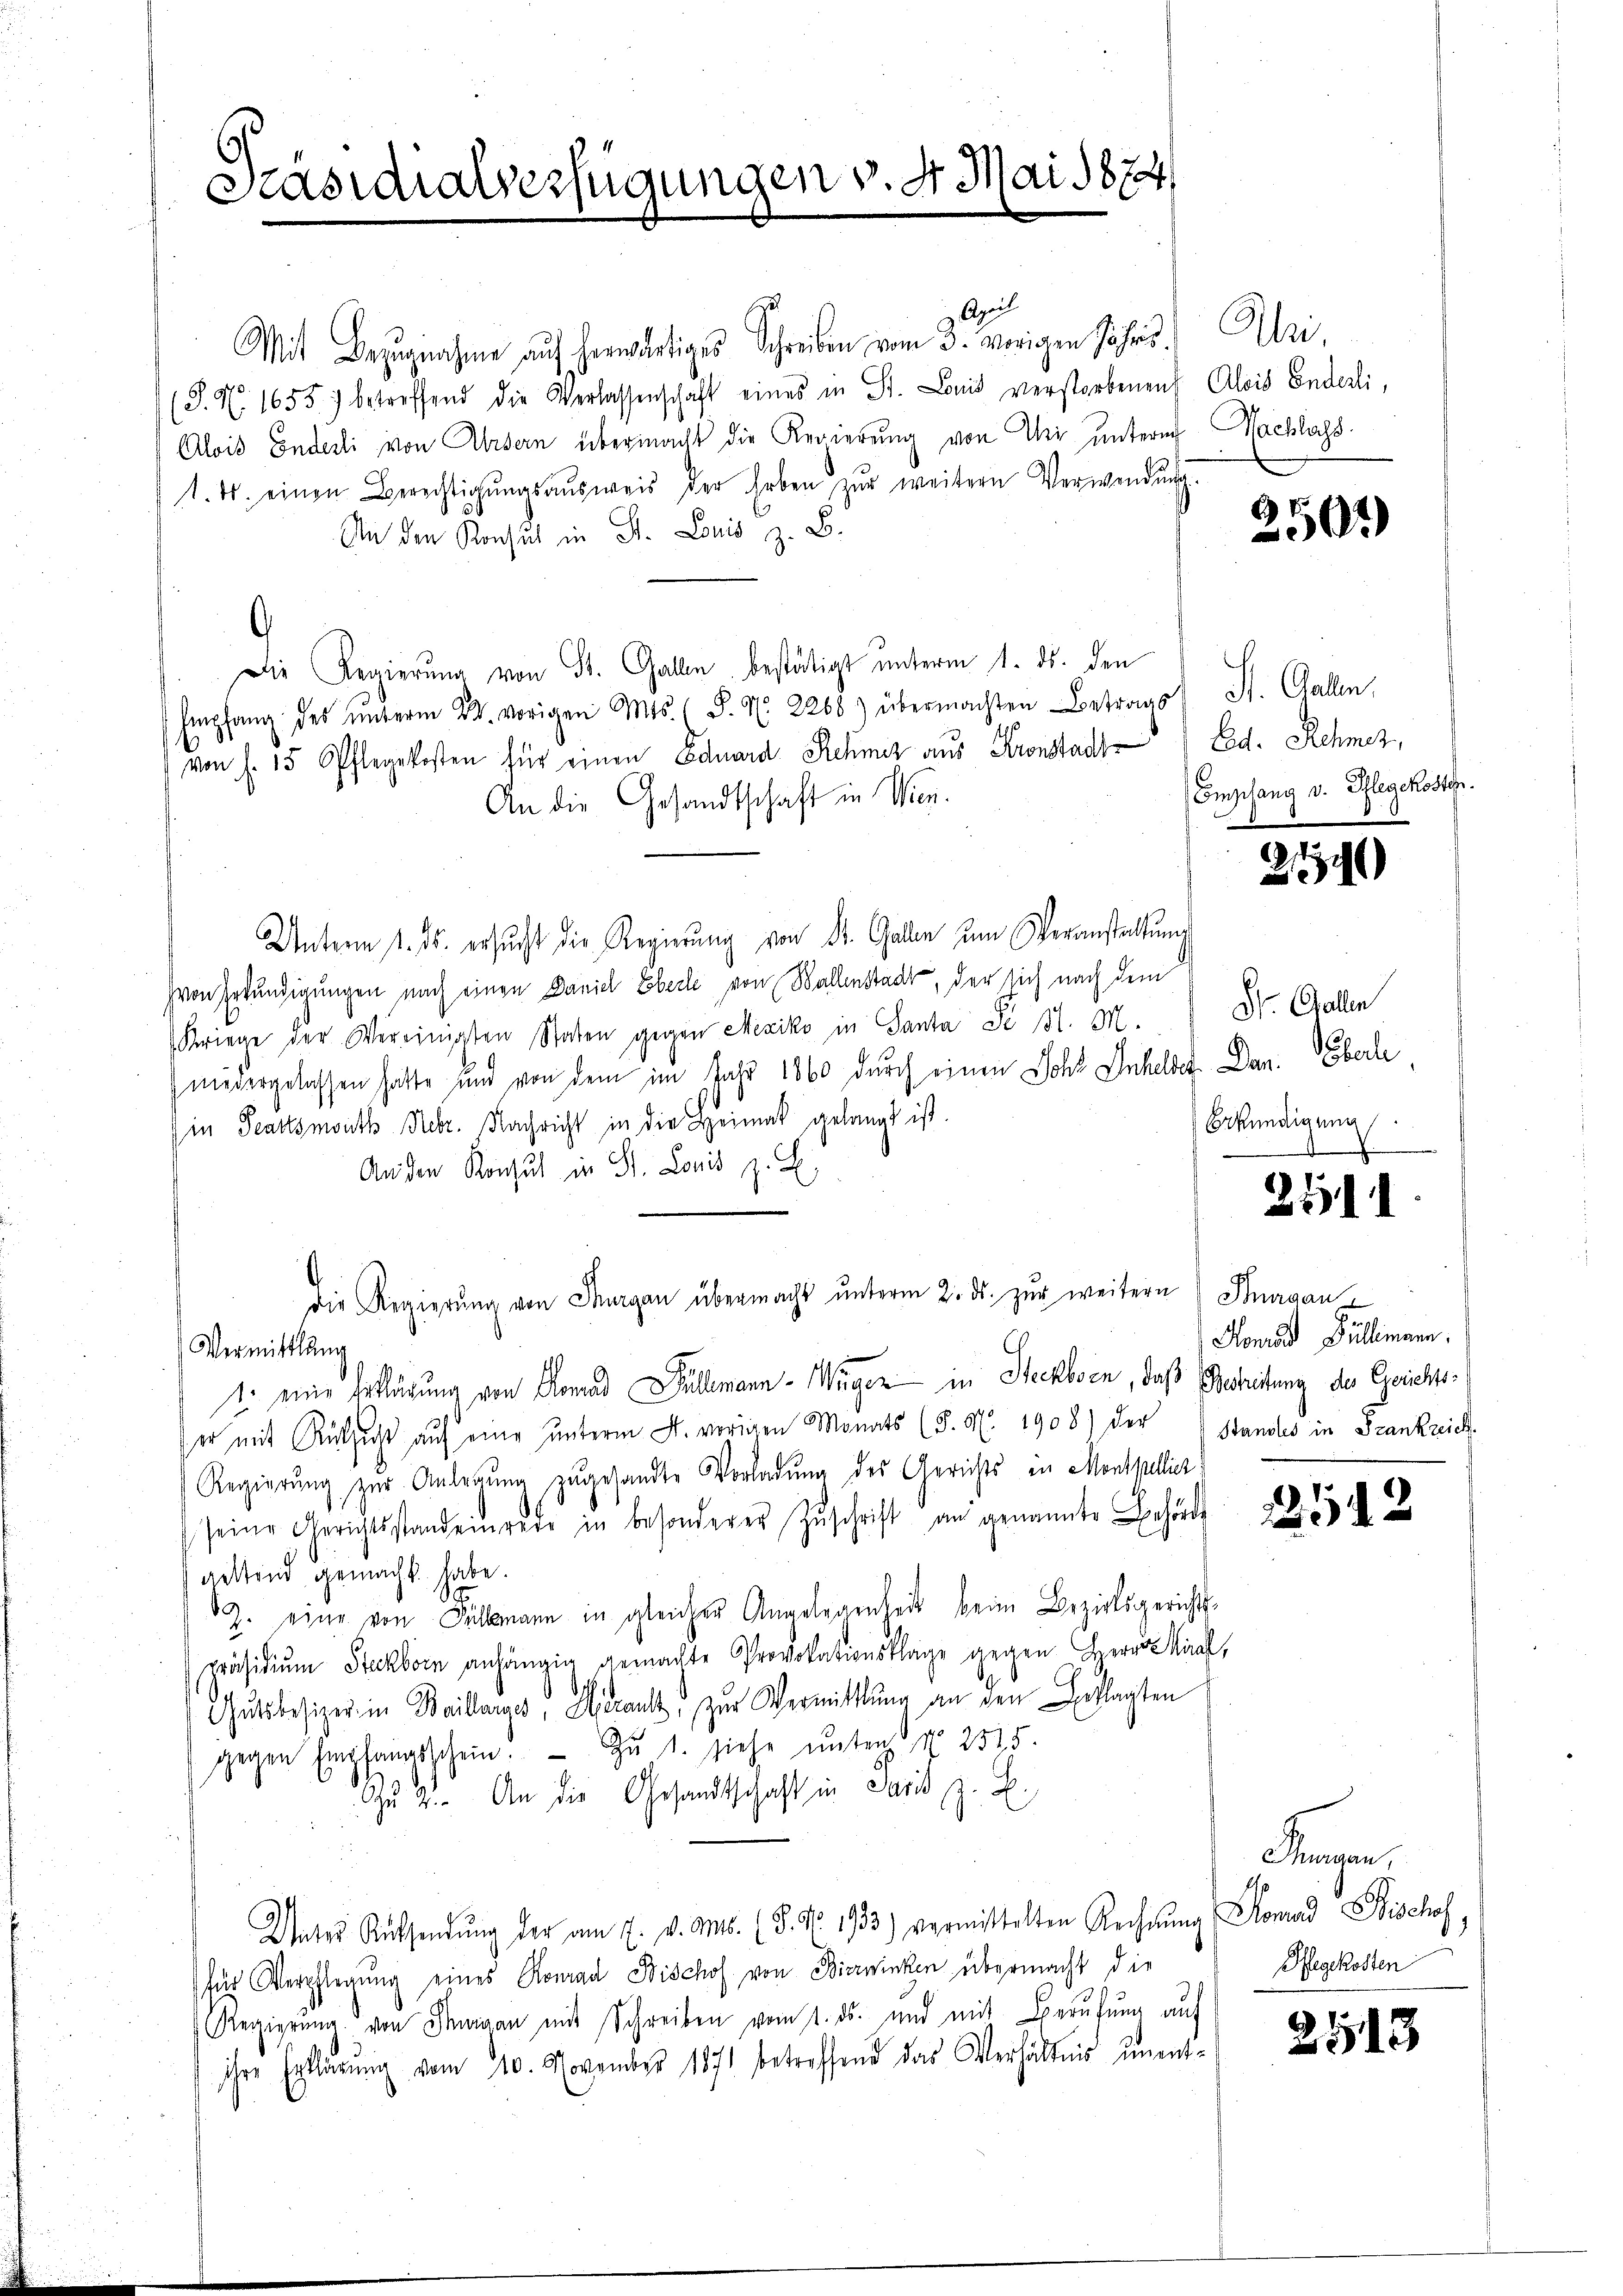
Scasicalverfügungen v. dr. Mai 1874

Ap
Mit Bezugnahme aŭf herwärtiges Schreiben vom 3. vorigen Jahrs. Ulri
(S. Nr. 1655) betreffend die Verlassenschaft eines in St. Lonis verstorbenen Alois Enderli,
Alois Enderli von Ursern übermacht die Regierung von Uri untern Nachlags
1. ds. einen Berechtigŭngsaŭsweis der Erben zŭr weitern Verwendung.
An den Konsul in St. Louis z. B.
Die Regierung von St. Gallen, bestätigt unterm 1. ds. den
Empfang des ŭnterm 22. vorigen Mts. S. Nr. 2268) übermachten Betrags) St. Gallen,
von s. 15 Offlegekosten für einen Eduard Schmer aus Kronstadt Ed. Rehnez,
An die Gesandtschaft in Wien.
Unterm 1. ds. ersŭcht die Regierung von Dr. Gallen um Veranstaltung
von Erkundigungen nach einen Daniel Eberle von Ballenstadt, der sich nach dem
Kriege der Vereinigten Staten gegen Mexiko in Santa de 31. M. " Dr. Gallen
niedergelassen hatte und von dem im Jahr 1860 durch einen Johs. Inheldes Dan. Eberle
in Teartsmouth Nobr. Nachricht in die Heimat gelangt ist.
Anden Konsul in St. Lonis z. B.
die Regierŭng von Thurgau übermacht ŭnterm 2. ds. zŭr weitern) Bnagan
Vermittlung
1. eine Erklärung von Romand Füllmann - Weger in Steckborn, daß Betreitung des Gerichtser mit Rücksicht aŭf eine ŭnterm 4. vorigen Monats (§. N. 1908) der Standes in Frankreich
Regierŭng zŭr Anlegŭng zugesandte Vorladung des Gerichts in Montpellier
seine Gerichtsstandeinrede in besonderer Zŭschrift an genannte Behörde
aettend gemacht habe.
Z. eine von Füllmann in gleicher Angelegenheit beim Bezirksgerichts-
Präsidiŭm Steckborn anhängig gemachte Provokationskläge gegen Herr Kraf
Gutsbesizer in Baillange, Herantz zur Vermittlung an den Erklagten
gegen Empfangsschein. Zu 1. siehe unten No 2515.
Au 2. An die Gesandtschaft in Paris, z. B.
Unter Rüksendŭng der am 7. v. Ms. (§. Nr. 1733) vermittelten Rechnŭng Homad Bischof
für Verpflegŭng eines Konrad Bischof von Bierwinken übermacht die
Regierung von Finan mit Schreiben vom 1. ds. und mit Berufung auf
ihre Erklärung vom 10. November 1871 betreffend das Verhältnis unent¬

6)
301)

.
Engelang v. Pflegekosten.

291)

Erkundigung

2

1

Honrad Füllmann.

22542

Fennen,
Pfegekosten

2513